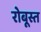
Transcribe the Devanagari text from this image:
रोबूस्त